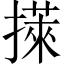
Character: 𢵭